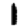
Digit: 1